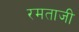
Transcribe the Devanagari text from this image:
रमताजी